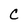
Character: C